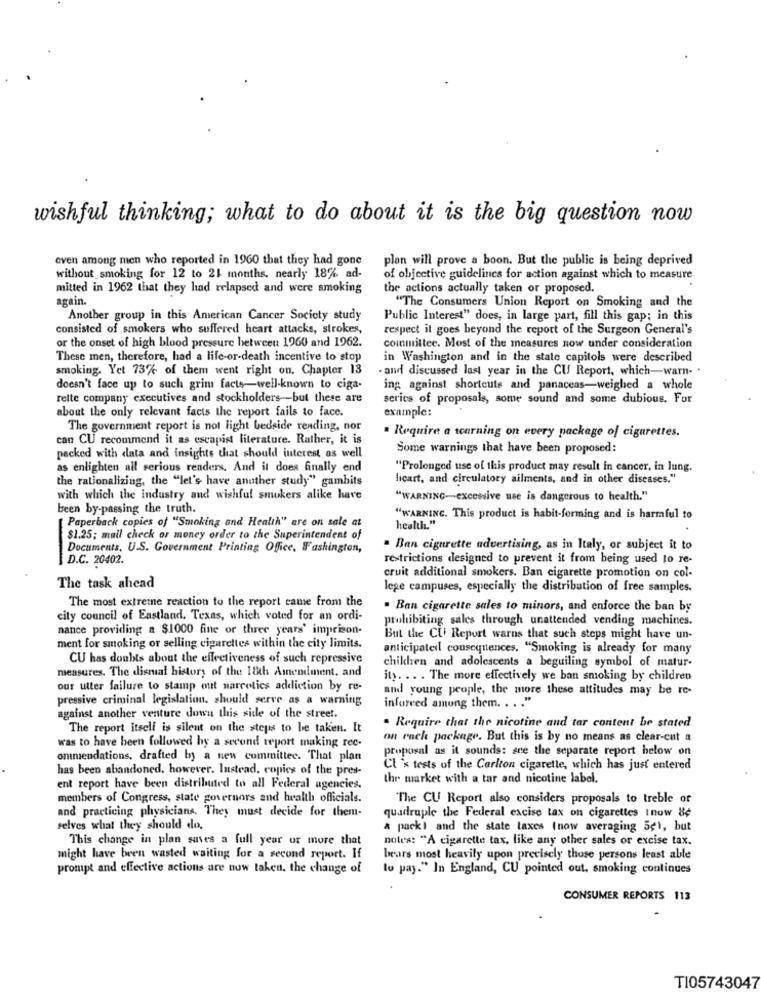
wishful thinking; what to do about it is the big question now
even among men who reported in 1960 that they had gone
plan will prove a boon. But the public is being deprived
without smoking for 12 to 21 months. nearly 18% ad-
of objective guidelines for action against which to measure
mitted in 1962 that they had relapsed and were smoking
the actions actually taken or proposed.
again.
"The Consumers Union Report on Smoking and the
Another group in this American Cancer Society study
Public Interest" does, in large part, fill this gap; in this
consisted of smokers who suffered heart attacks, strokes,
respect it goes beyond the report of the Surgeon General's
or the onset of high blood pressure between 1960 and 1962.
committee. Most of the measures now under consideration
These men, therefore, had a life-or-death incentive to stop
in Washington and in the state capitols were described
smoking. Yet 73% of them went right on. Chapter 13
. and discussed last year in the CU Report, which-warn. .
doesn't face up to such grim facts-well-known to ciga-
ing against shortcuts and panaceas-weighed a whole
rette company executives and stockholders -- but these are
series of proposals, some sound and some dubious. For
about the only relevant facts the report fails to face.
example:
The government report is not light bedside rending, nor
can CU recommend it as escapist literature. Rather, it is
. Require a warning on every package of cigarettes.
Some warnings that have been proposed:
packed with data and insights that should interest as well
as enlighten all serious readers. And it does finally end
"Prolonged use of this product may result in cancer, in lung.
the rationalizing, the "let's have another study" gambits
lıcart, and circulatory ailments, and in other diseases."
with which the industry and wishful smokers alike have
"WARNING-excessive use is dangerous to health."
been by-passing the truth.
[Paperback copies of "Smoking and Health" are on sale at
"WARNING. This product is habit-forming and is harmful to
health."
$1.25; mail check or money order to the Superintendent of
Documents, U.S. Government Printing Office, Washington,
. Ban cigarette advertising, as in Italy, or subject it to
D.C. 20402.
-
restrictions designed to prevent it from being used to re-
cruit additional smokers. Ban cigarette promotion on col-
The task ahead
lege campuses, especially the distribution of free samples.
The most extreme reaction to the report came from the
. Ban cigarette sales to minors, and enforce the ban by
city council of Eastland. Texas, which voted for an ordi-
prohibiting sales through unattended vending machines.
nance providing a $1000 fine or three years' imprison-
But the CU Report warns that such steps might have un-
ment for smoking or selling cigarettes within the city limits.
anticipated consequences. "Smoking is already for many
CU has doubts about the effectiveness of such repressive
chiklen and adolescents a beguiling symbol of matur-
measures. The dismal history of the 18th Amendment, and
ity. .. . The more effectively we ban smoking by children
our utter failure to stamp mit narcotics addiction by re-
and young people, the more these attitudes may be re-
pressive criminal legislation. should serve as a warning
inforeed among them. . .. "
against another venture down this side of the street.
The report itself is silent on the steps to be taken. It
. Require that the nicotine and tar content be stated
on each package. But this is by no means as clear-cut a
was to have been followed by a second report making rec.
proposal as it sounds: sne the separate report below on
ommendations, drafted by a new committee. That plan
has been abandoned, however. Instead, copies of the pres-
It's tests of the Carlton cigarette, which has just entered
the market with a tar and nicotine label.
ent report have been distributed to all Federal agencies.
members of Congress, state governors and health officials.
The CU Report also considers proposals to treble of
and practicing physicians. They must decide for them-
quadruple the Federal excise tax on cigarettes Inow 8¢
selves what they should do.
a pack) and the state taxes (now averaging 5e), but
This change in plan saves a full year or more that
notes: "A cigarette tax, like any other sales or excise tax.
might have been wasted waiting for a second report. If
bears most heavily upon precisely those persons least able
prompt and effective actions are now taken, the change of
lo pay." In England, CU pointed out, smoking continues
CONSUMER REPORTS 113
TI05743047